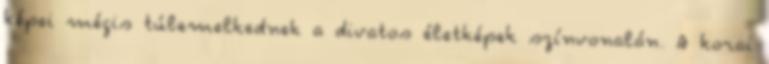
képei mégis túlemelkednek a divatos életképek színvonalán. A korai